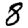
Digit: 8